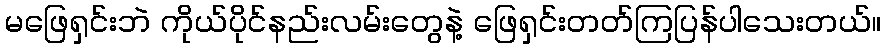
မဖြေရှင်းဘဲ ကိုယ်ပိုင်နည်းလမ်းတွေနဲ့ ဖြေရှင်းတတ်ကြပြန်ပါသေးတယ်။